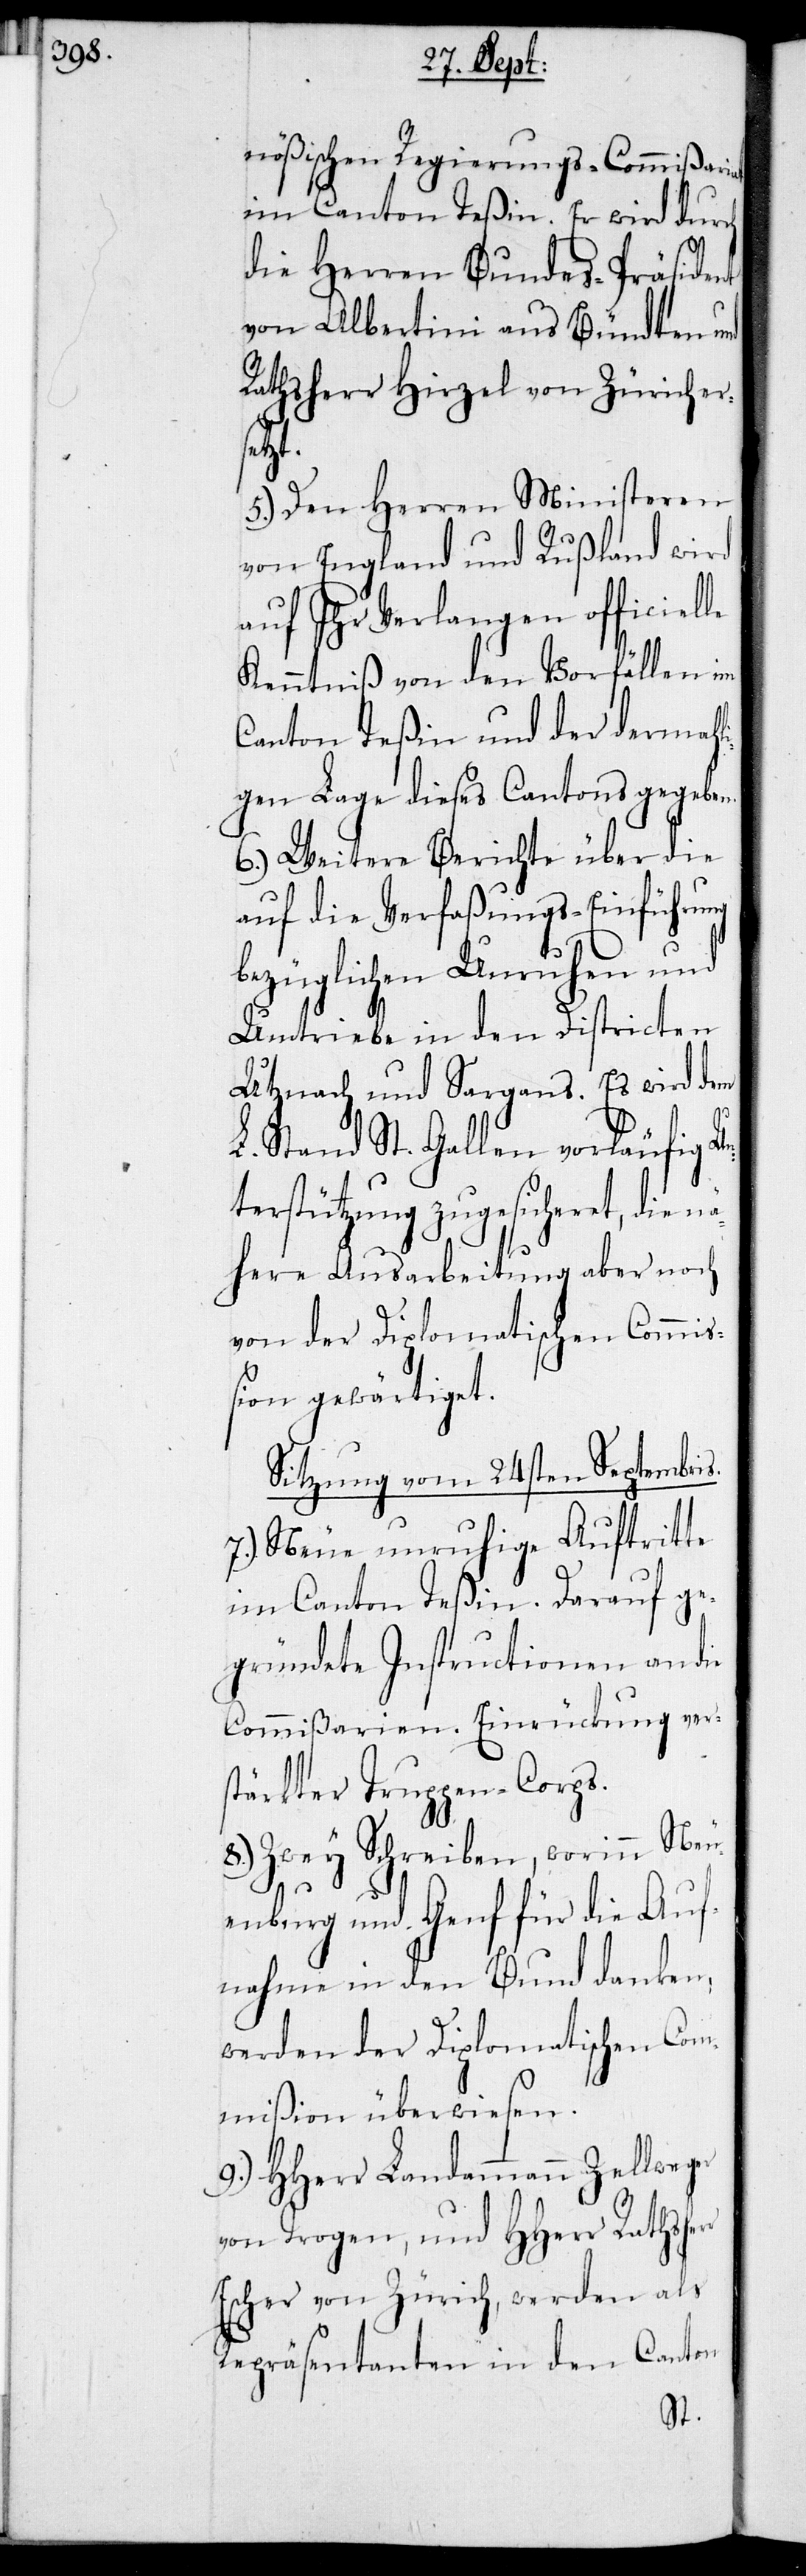
nößischen Regierungs-Commißariat
im Canton Teßin. Er wird durch
die Herren Bundes-Präsident
von Albertini aus Bündten und
Rathsherr Hirzel von Zürich er¬
er
5.) Den Herren Ministeren
von England und Rußland wird
auf ihr Verlangen officiel¬
Kenntniß von den Vorfällen im
Canton Teßin und der dermahl¬
igen Lage dieses Cantons gegeben.
6.) Weitere Berichte über die
auf die Verfaßungs-Einführung
bezüglichen Unruhen und
Umtriebe in den Districten
Utznach und Sargans. Es wird dem
L. Stand St. Gallen vorläufig Un¬
terstützung zugesicheret, die n¬
ähere Ausarbeitung aber noch
von der Diplomatischen Commiß¬
ion gewärtiget.
Sitzung vom 24sten Septembris.
7.) Neue unruhige Auftritte
im Canton Teßin. Darauf ge¬
gründete Instructionen an die
Commißarien. Einrückung vers¬
tärkter Truppen-Corps.
8.) Zwey Schreiben, worinn Neu¬
r
enburg und Genf für die Auf¬
nahme in den Bund danken,
werden der Diplomatischen Com¬
mißion überwiesen.
HHerr Landammann Zellweg¬
von Trogen, und HHerr Rathsher¬
Escher von Zürich, werden als
Repräsentanten in den Canton